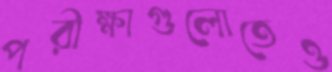
পরীক্ষাগুলোতেও